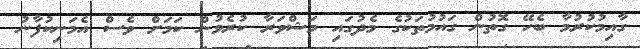
ގާއިމުކުރުމާ ބެހޭ ގޮތުން ގައުމުތަކުގެ މެދުގައި މަޝްވަރާ ކުރެވުން ކަމަށް ވެސް އެމަނިކުފާނު